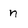
Character: n